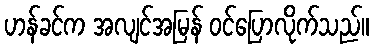
ဟန်ခင်က အလျင်အမြန် ဝင်ပြောလိုက်သည်။